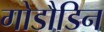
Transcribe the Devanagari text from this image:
गोडौडिन